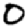
Digit: 0